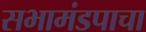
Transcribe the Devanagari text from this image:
सभामंडपाचा